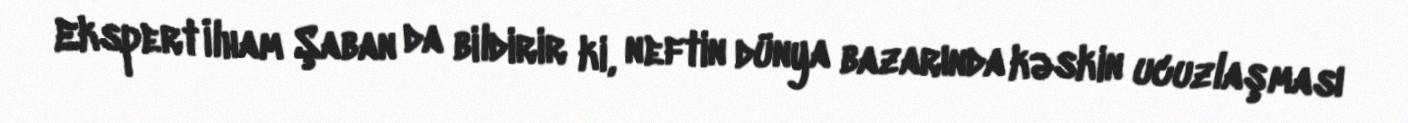
Ekspert İlham Şaban da bildirir ki, neftin dünya bazarında kəskin ucuzlaşması